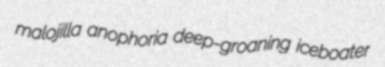
malojilla anophoria deep-groaning iceboater